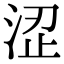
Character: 涩